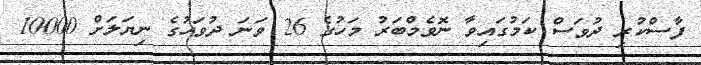
ފާސްކުރި ދުވަސް ކަމުގައިވާ ނޮވެމްބަރު މަހުގެ 26 ވަނަ ދުވަހުގެ ނިޔަލަށް 10000